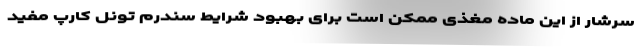
سرشار از این ماده مغذی ممکن است برای بهبود شرایط سندرم تونل کارپ مفید